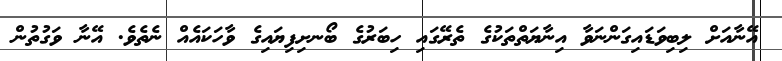
އޭނާއަށް ލިބިވަޑައިގަންނަވާ އިނާޔަތްތަކުގެ ތެރޭގައި ހިބަރުގެ ބޯނށިފިޔައިގެ ވާހަކައެއް ނެތެވެ. އޭނާ ވަގުތުން